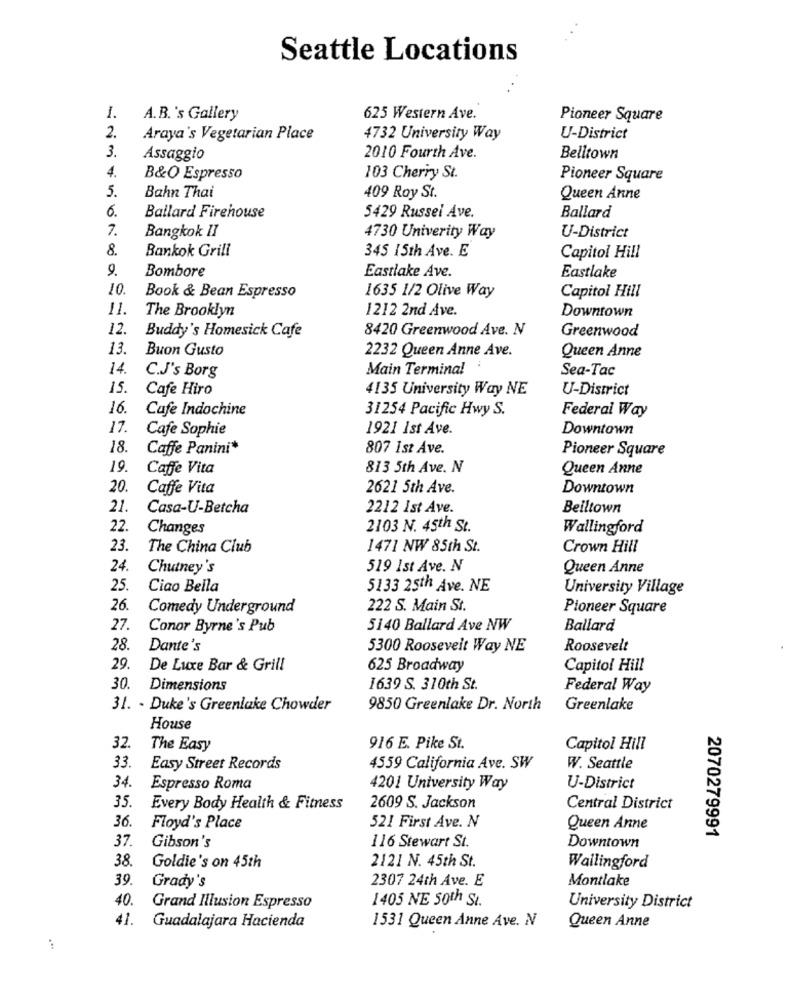
Seattle Locations
1.
A. B.'s Gallery
625 Western Ave.
Pioneer Square
2.
Araya's Vegetarian Place
4732 University Way
U-District
3.
Assaggio
2010 Fourth Ave.
Belltown
4.
B&O Espresso
103 Cherry St.
Pioneer Square
5.
Bahn Thai
409 Roy St.
Queen Anne
6.
Ballard Firehouse
5429 Russel Ave.
Ballard
7.
Bangkok II
4730 Univerity Way
U-District
8.
Bankok Grill
345 15th Ave. E
Capitol Hill
9.
Bombore
Eastlake Ave.
Eastlake
10
1635 1/2 Olive Way
Book & Bean Espresso
Capitol Hill
11.
The Brooklyn
1212 2nd Ave.
Downtown
12.
8420 Greenwood Ave. N
Greenwood
Buddy's Homesick Cafe
13.
Buon Gusto
2232 Queen Anne Ave.
Queen Anne
14.
C.J's Borg
Main Terminal
Sea-Tac
15.
Cafe Hiro
4135 University Way NE
U-District
16.
Cafe Indochine
31254 Pacific Hwy S.
Federal Way
17.
Cafe Sophie
1921 1st Ave.
Downtown
18.
Caffe Panini*
807 1st Ave.
Pioneer Square
19.
Caffe Vita
813 5th Ave. N
Queen Anne
20.
Caffe Vita
2621 5th Ave.
Downtown
21.
Casa-U-Betcha
2212 1st Ave.
Beiltown
22.
Changes
2103 N. 45th St.
Wallingford
23.
The China Club
1471 NW 85th St.
Crown Hill
24.
Chutney's
519 1st Ave. N
Queen Anne
25.
Ciao Bella
5133 25th Ave. NE
University Village
26.
Comedy Underground
222 S. Main St.
Pioneer Square
27.
Conor Byrne's Pub
5140 Ballard Ave NW
Ballard
28.
Dante's
5300 Roosevelt Way NE
Roosevelt
29.
De Luxe Bar & Grill
625 Broadway
Capitol Hill
30.
Dimensions
1639 S. 310th St.
Federal Way
31. - Duke's Greenlake Chowder
9850 Greenlake Dr. North
Greenlake
House
32.
The Easy
916 E. Pike St.
Capitol Hill
33.
Easy Street Records
4559 California Ave. SW
W. Seattle
34.
Espresso Roma
4201 University Way
U-District
35.
Every Body Health & Fitness
2609 S. Jackson
Central District
36.
Floyd's Place
521 First Ave. N
Queen Anne
2070279991
37
116 Stewart St.
Gibson's
Downtown
38.
2121 N. 45th St.
Goldie's on 45th
Wallingford
39.
Grady's
2307 24th Ave. E
Montlake
40.
1405 NE 50th St.
Grand Illusion Espresso
University District
41.
Guadalajara Hacienda
1531 Queen Anne Ave. N
Queen Anne